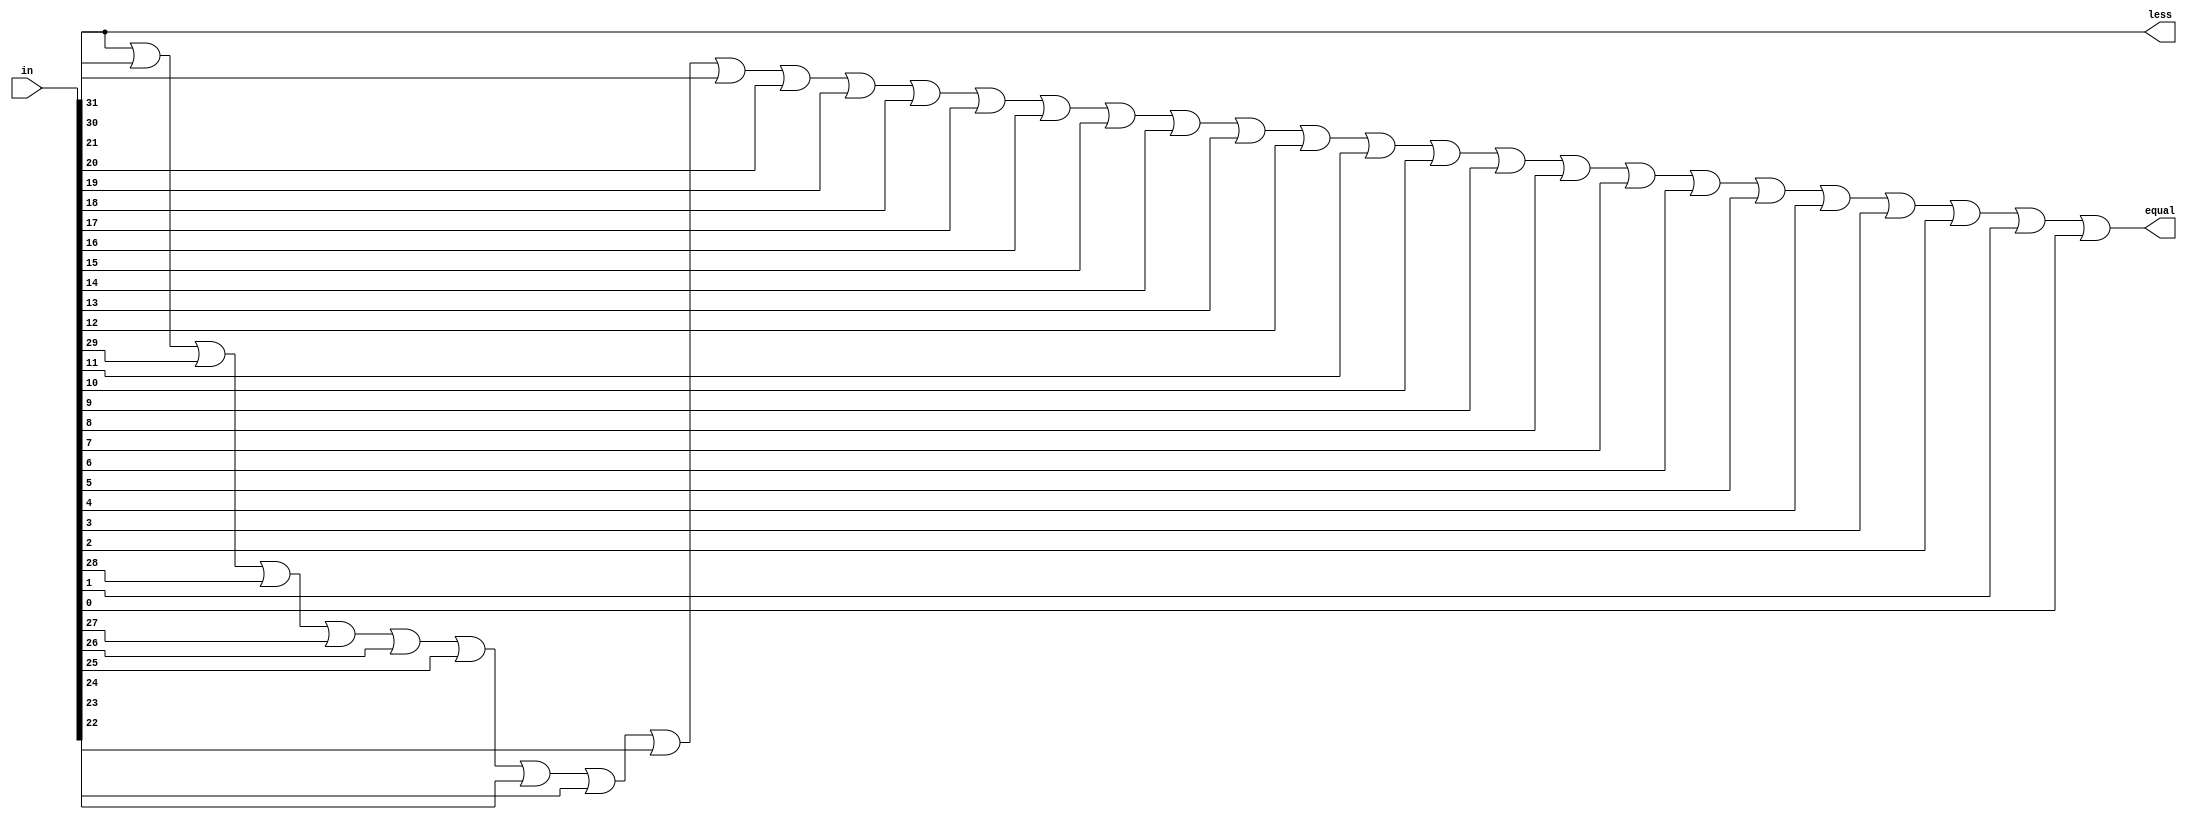
module equal_or_less(in, equal, less);
   input [31:0] in;
   output equal, less;
   wire equal, less;
   or(equal, in[31], in[30], in[29], in[28], in[27], in[26], in[25], in[24],
			in[23], in[22], in[21], in[20], in[19], in[18], in[17], in[16],
			in[15], in[14], in[13], in[12], in[11], in[10], in[9] , in[8] ,
			in[7] , in[6] , in[5] , in[4] , in[3] , in[2] , in[1] , in[0]);
   assign less = in[31];
endmodule